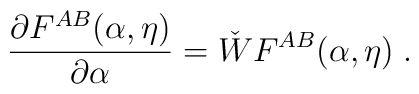
\frac{\partial F^{AB}(\alpha,\eta)}{\partial \alpha}=\check{W}F^{AB}(\alpha,\eta)\;.